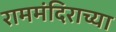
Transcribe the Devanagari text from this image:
राममंदिराच्या